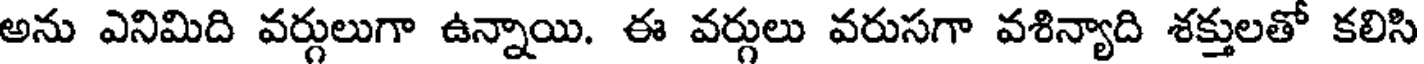
అను ఎనిమిది వర్గులుగా ఉన్నాయి. ఈ వర్గులు వరుసగా వశిన్యాది శక్తులతో కలిసి